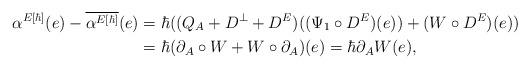
LaTeX: \begin{align*} \alpha^{E[\hbar]}(e) - \overline{\alpha^{E[\hbar]}}(e) &= \hbar((Q_A + D^\perp + D^E)((\Psi_1 \circ D^E)(e)) + (W \circ D^E)(e)) \\ &= \hbar(\partial_A \circ W + W \circ \partial_A)(e) = \hbar \partial_A W(e),\end{align*}